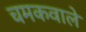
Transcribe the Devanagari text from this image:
चमकवाले